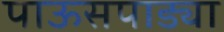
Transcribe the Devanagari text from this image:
पाऊसपाड्या